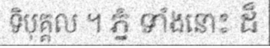
ទិបុគ្គល ។ ភ្នំ ទាំងនោះ ដ៏